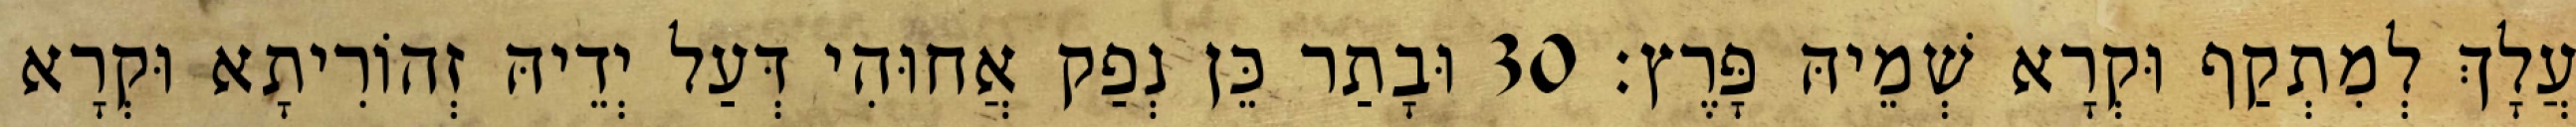
עֲלָךְ לְמִתְקַף וּקְרָא שְׁמֵיהּ פָּרֶץ׃ 30 וּבָתַר כֵּן נְפַק אֲחוּהִי דְּעַל יְדֵיהּ זְהוֹרִיתָא וּקְרָא